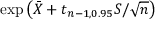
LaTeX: \exp { \left( { \bar { X } } + t _ { n - 1 , 0 . 9 5 } S / { \sqrt { n } } \right) }